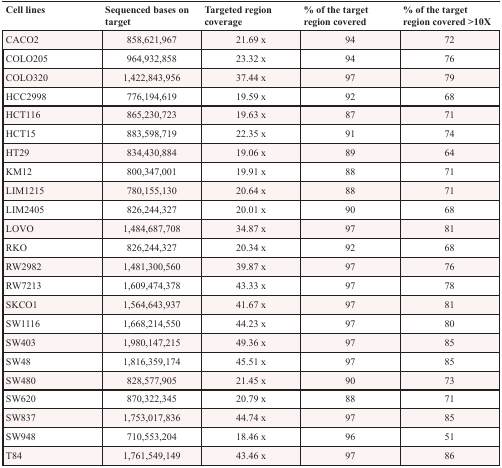
| Cell lines | Sequenced bases on target | Targeted region coverage | % of the target region covered | % of the target region covered >10X |
 | --- | --- | --- | --- | --- |
 | CACO2 | 858,621,967 | 21.69 x | 94 | 72 |
 | COLO205 | 964,932,858 | 23.32 x | 94 | 76 |
 | COLO320 | 1,422,843,956 | 37.44 x | 97 | 79 |
 | HCC2998 | 776,194,619 | 19.59 x | 92 | 68 |
 | HCT116 | 865,230,723 | 19.63 x | 87 | 71 |
 | HCT15 | 883,598,719 | 22.35 x | 91 | 74 |
 | HT29 | 834,430,884 | 19.06 x | 89 | 64 |
 | KM12 | 800,347,001 | 19.91 x | 88 | 71 |
 | LIM1215 | 780,155,130 | 20.64 x | 88 | 71 |
 | LIM2405 | 826,244,327 | 20.01 x | 90 | 68 |
 | LOVO | 1,484,687,708 | 34.87 x | 97 | 81 |
 | RKO | 826,244,327 | 20.34 x | 92 | 68 |
 | RW2982 | 1,481,300,560 | 39.87 x | 97 | 76 |
 | RW7213 | 1,609,474,378 | 43.33 x | 97 | 78 |
 | SKCO1 | 1,564,643,937 | 41.67 x | 97 | 81 |
 | SW1116 | 1,668,214,550 | 44.23 x | 97 | 80 |
 | SW403 | 1,980,147,215 | 49.36 x | 97 | 85 |
 | SW48 | 1,816,359,174 | 45.51 x | 97 | 85 |
 | SW480 | 828,577,905 | 21.45 x | 90 | 73 |
 | SW620 | 870,322,345 | 20.79 x | 88 | 71 |
 | SW837 | 1,753,017,836 | 44.74 x | 97 | 85 |
 | SW948 | 710,553,204 | 18.46 x | 96 | 51 |
 | T84 | 1,761,549,149 | 43.46 x | 97 | 86 |